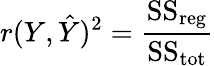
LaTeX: r(Y,{\hat{Y}})^{2}={\frac{{\mathrm{SS}}_{\mathrm{reg}}}{{\mathrm{SS}}_{\mathrm{tot}}}}